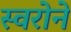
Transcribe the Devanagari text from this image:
स्वरोने